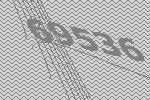
69536